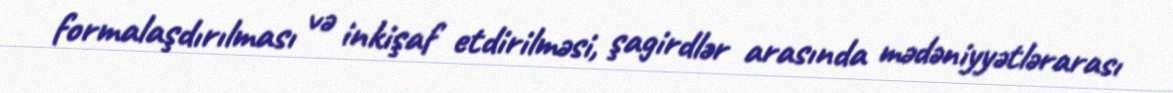
formalaşdırılması və inkişaf etdirilməsi, şagirdlər arasında mədəniyyətlərarası